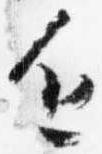
進